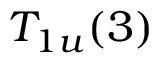
T _ { 1 u } ( 3 )